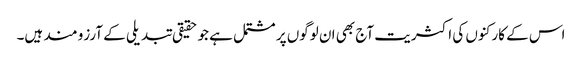
اس کے کارکنوں کی اکثریت آج بھی ان لوگوں پر مشتمل ہے جو حقیقی تبدیلی کے آرزو مند ہیں۔